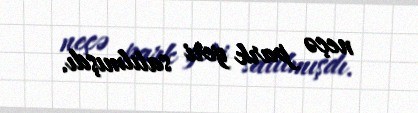
neçə park yeri satılmışdı.